Document type: Sale
Year: 1326
Scribe: Bartomeu Marc
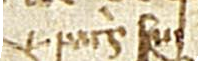
patris sui